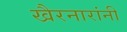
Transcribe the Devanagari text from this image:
खैरनारांनी